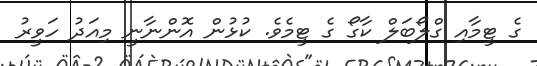
ގެ ޓީމާއި ގްލޯބަލް ކާގޯ ގެ ޓީމެވެ. ކުޅުން އޮންނާނީ މިއަދު ހަވީރު